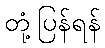
တုံ့ပြန်ရန်